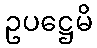
ဥပဋ္ဌေမိ